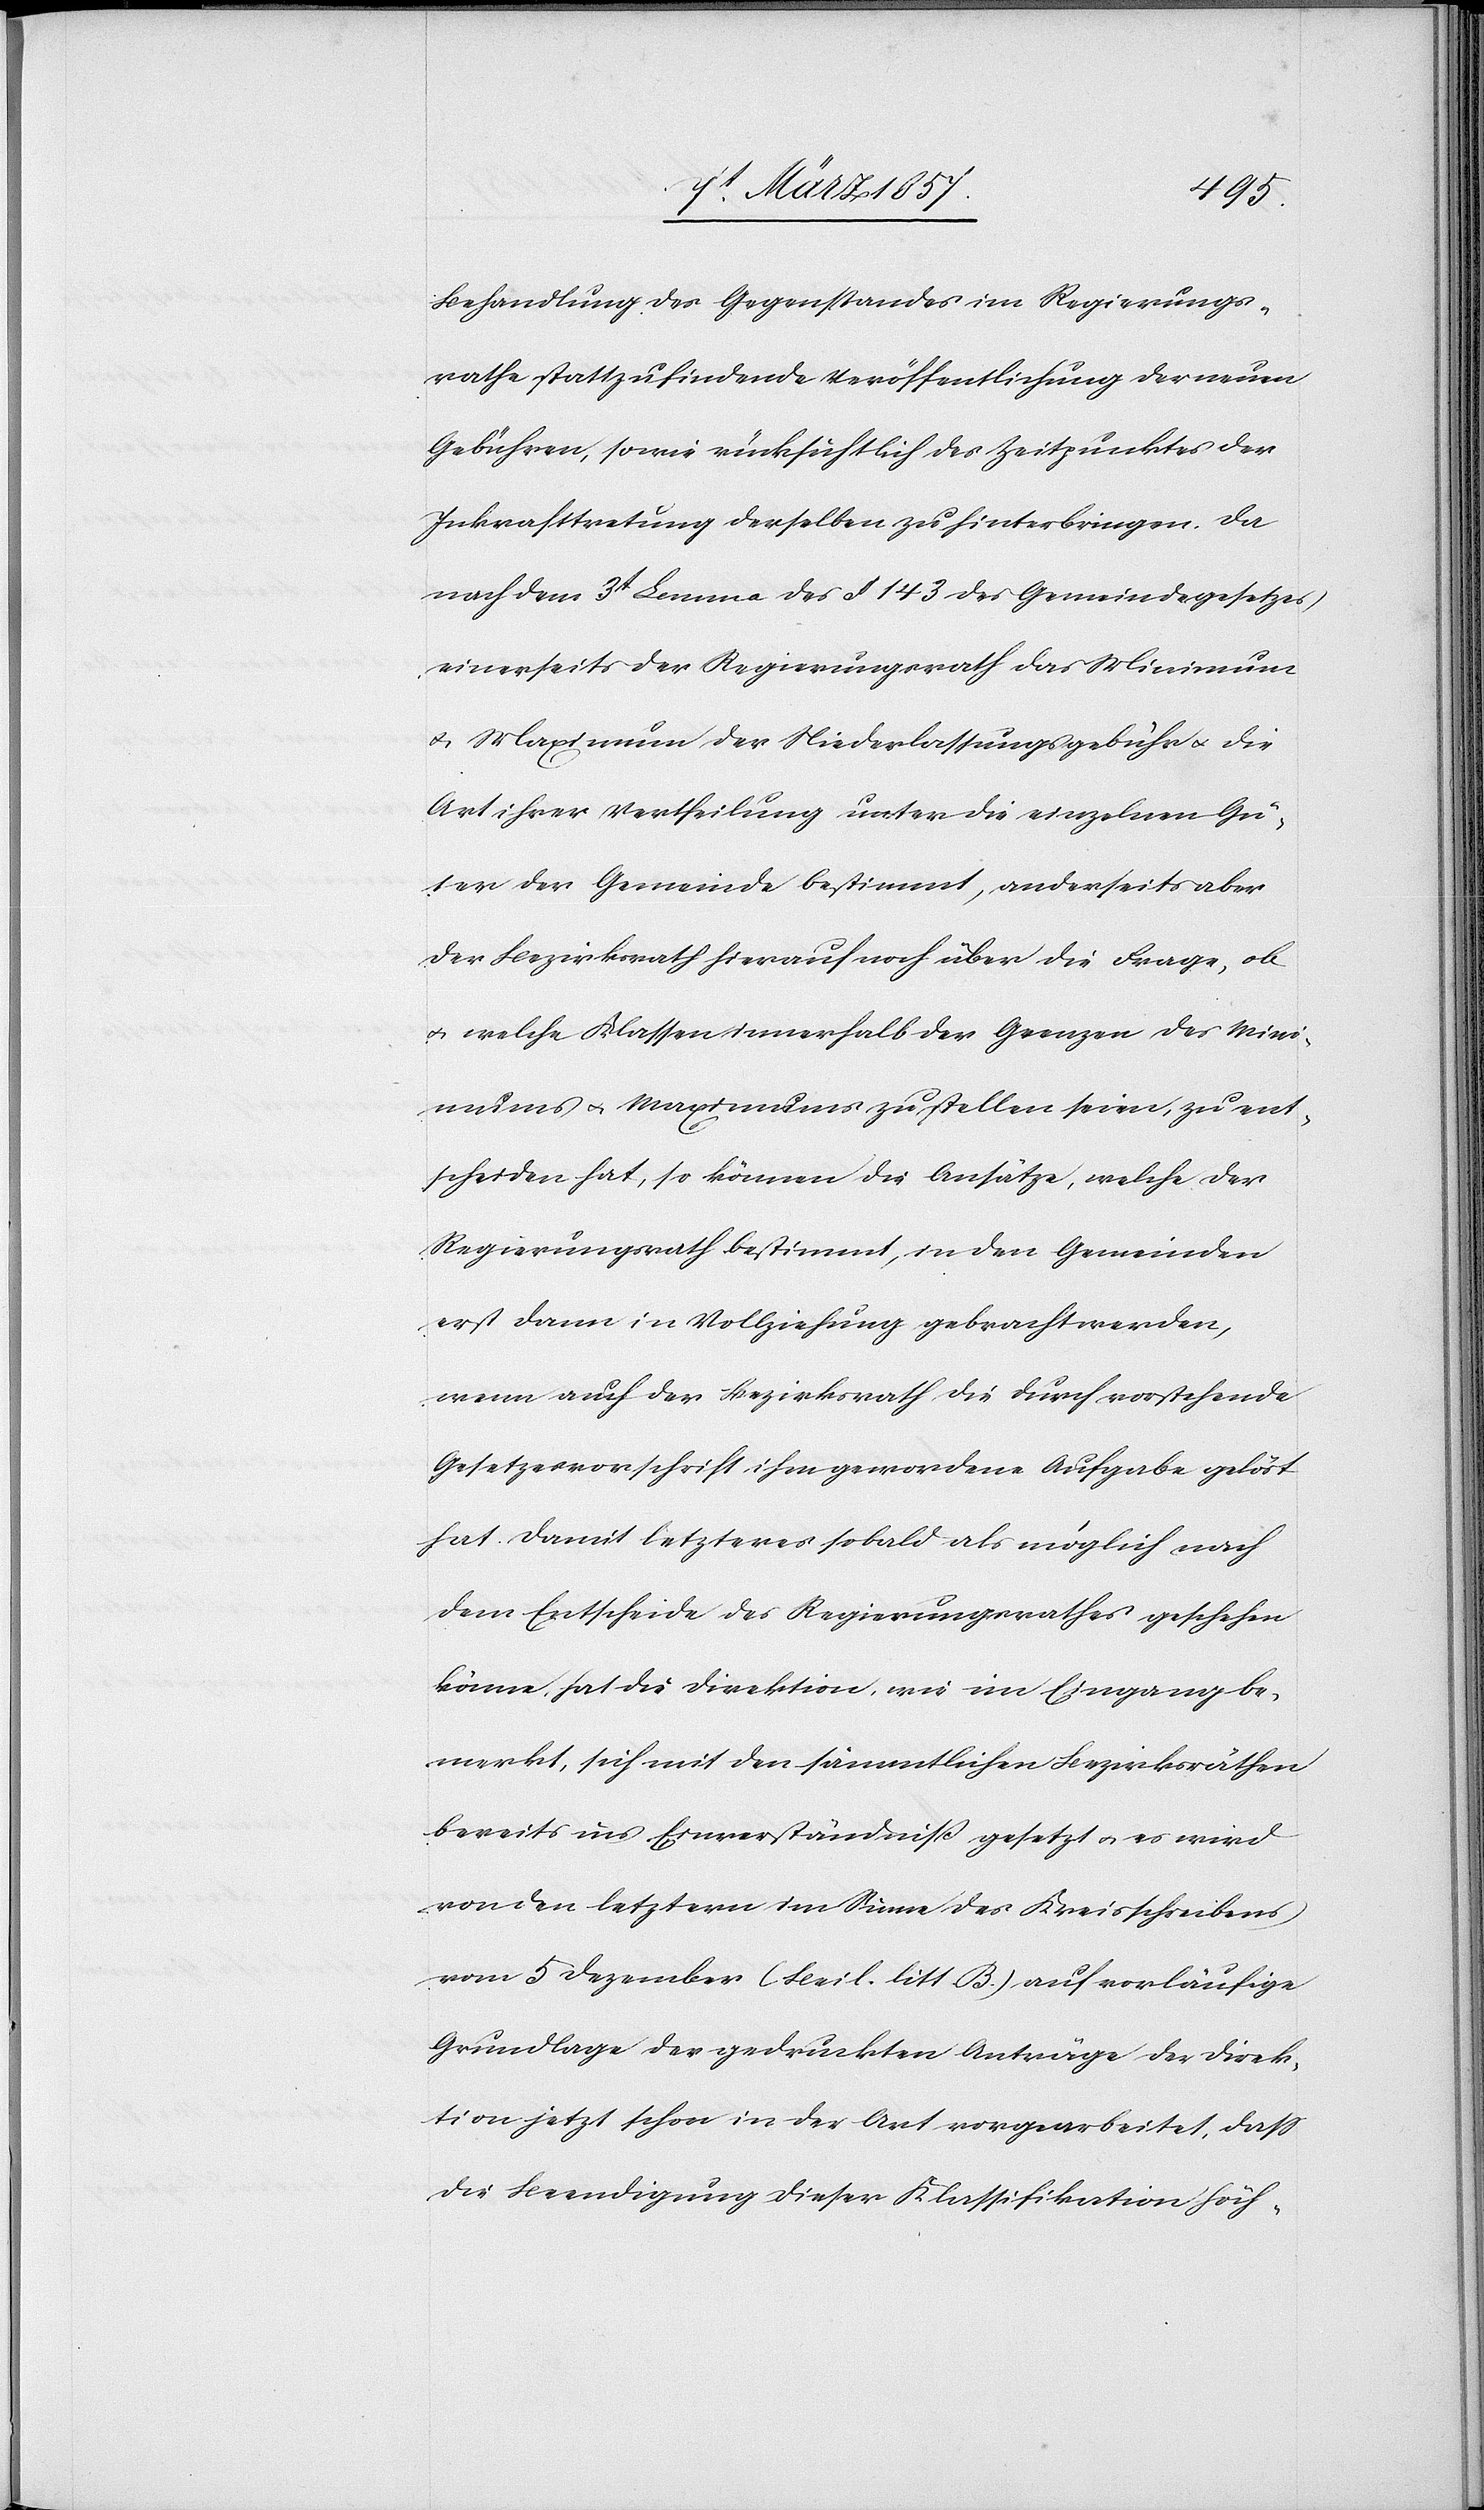
Behandlung des Gegenstandes im Regierungs¬
rathe stattzufindende Veröffentlichung der neuen
Gebühren, sowie rücksichtlich des Zeitpunktes der
Inkrafttretung derselben zu hinterbringen. Da
nach dem 3t Lemma des § 143 des Gemeindegesetzes
einerseits der Regierungsrath das Minimum
u. Maximum der Niederlassungsgebühr u. die
Art ihrer Vertheilung unter die einzelnen Gü¬
ter der Gemeinde bestimmt, anderseits aber
der Bezirksrath hierauf noch über die Frage, ob
u. welche Klassen innerhalb der Grenzen des Mini¬
mums u. Maximums zu stellen seien, zu ent¬
scheiden hat, so können die Ansätze, welche der
Regierungsrath bestimmt, in den Gemeinden
erst dann in Vollziehung gebracht werden,
wenn auch der Bezirksrath die durch vorstehende
Gesetzesvorschrift ihm gewordene Aufgabe gelöst
hat. Damit letzteres sobald als möglich nach
dem Entscheide des Regierungsrathes geschehen
könne, hat die Direktion, wie im Eingang be¬
merkt, sich mit den sämmtlichen Bezirksräthen
bereits ins Einverständniß gesetzt u. es wird
von den letztern im Sinne des Kreisschreibens
vom 5 Dezember (Beil. litt B.) auf vorläufige
Grundlage der gedruckten Anträge der Direk¬
tion jetzt schon in der Art vorgearbeitet, daß
die Beendigung dieser Klassifikation höch-